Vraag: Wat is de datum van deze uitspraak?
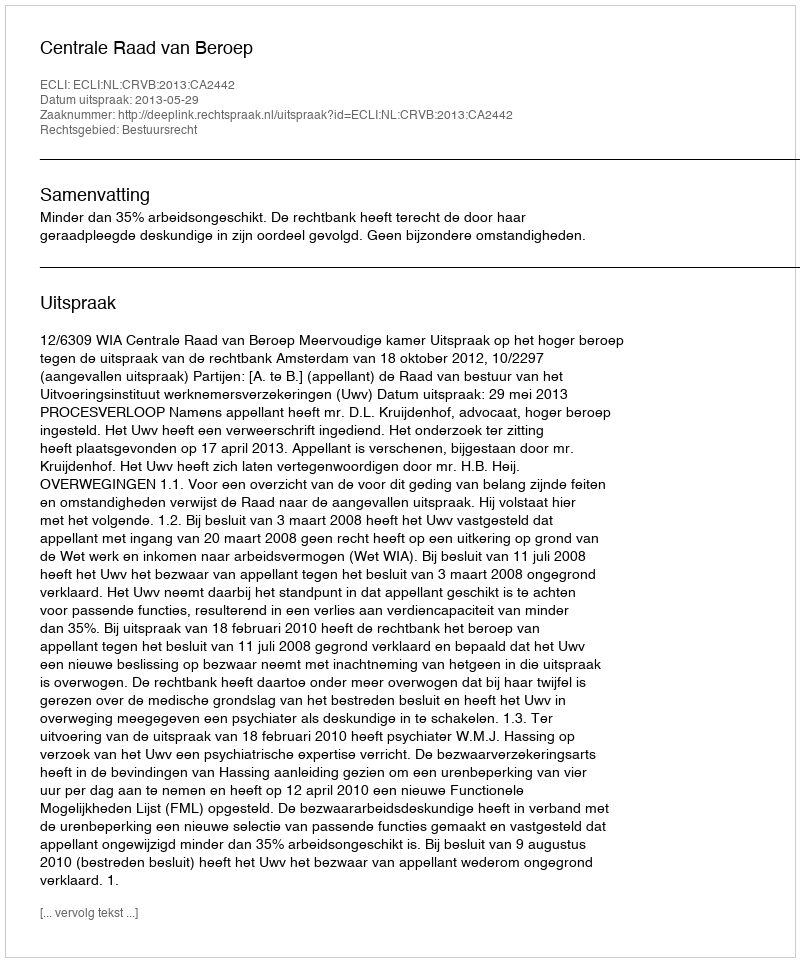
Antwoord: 2013-05-29